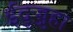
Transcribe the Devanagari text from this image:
ईदुज्जुहा